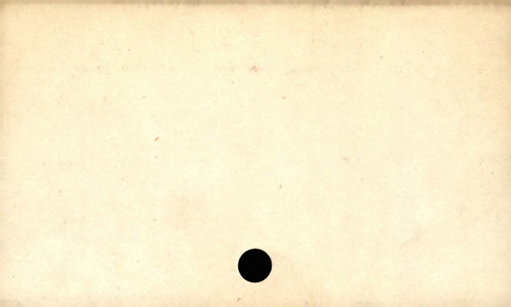
Label: blank